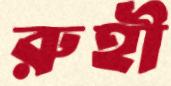
রুহী